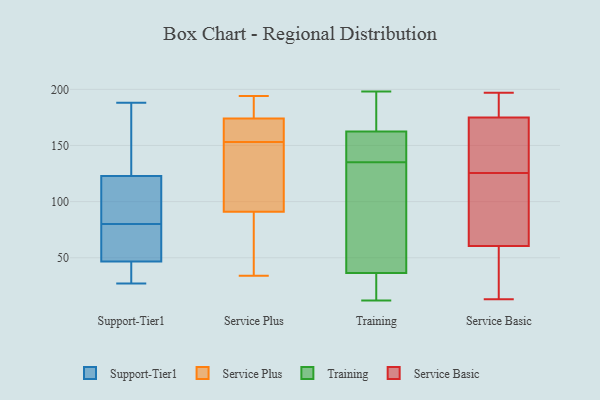
{"axis": {"x": "Temperature (°C)", "y": "Value"}, "legend": ["Service Basic", "Service Plus", "Support-Tier1", "Training"], "data": [{"x": "", "y": 80, "type": "Support-Tier1"}, {"x": "", "y": 43, "type": "Support-Tier1"}, {"x": "", "y": 41, "type": "Support-Tier1"}, {"x": "", "y": 97, "type": "Support-Tier1"}, {"x": "", "y": 67, "type": "Support-Tier1"}, {"x": "", "y": 128, "type": "Support-Tier1"}, {"x": "", "y": 48, "type": "Support-Tier1"}, {"x": "", "y": 55, "type": "Support-Tier1"}, {"x": "", "y": 122, "type": "Support-Tier1"}, {"x": "", "y": 98, "type": "Support-Tier1"}, {"x": "", "y": 188, "type": "Support-Tier1"}, {"x": "", "y": 27, "type": "Support-Tier1"}, {"x": "", "y": 125, "type": "Support-Tier1"}, {"x": "", "y": 194, "type": "Service Plus"}, {"x": "", "y": 59, "type": "Service Plus"}, {"x": "", "y": 151, "type": "Service Plus"}, {"x": "", "y": 128, "type": "Service Plus"}, {"x": "", "y": 191, "type": "Service Plus"}, {"x": "", "y": 179, "type": "Service Plus"}, {"x": "", "y": 120, "type": "Service Plus"}, {"x": "", "y": 174, "type": "Service Plus"}, {"x": "", "y": 34, "type": "Service Plus"}, {"x": "", "y": 79, "type": "Service Plus"}, {"x": "", "y": 157, "type": "Service Plus"}, {"x": "", "y": 42, "type": "Service Plus"}, {"x": "", "y": 168, "type": "Service Plus"}, {"x": "", "y": 155, "type": "Service Plus"}, {"x": "", "y": 103, "type": "Service Plus"}, {"x": "", "y": 174, "type": "Service Plus"}, {"x": "", "y": 12, "type": "Training"}, {"x": "", "y": 26, "type": "Training"}, {"x": "", "y": 161, "type": "Training"}, {"x": "", "y": 135, "type": "Training"}, {"x": "", "y": 88, "type": "Training"}, {"x": "", "y": 138, "type": "Training"}, {"x": "", "y": 167, "type": "Training"}, {"x": "", "y": 178, "type": "Training"}, {"x": "", "y": 142, "type": "Training"}, {"x": "", "y": 88, "type": "Training"}, {"x": "", "y": 18, "type": "Training"}, {"x": "", "y": 38, "type": "Training"}, {"x": "", "y": 198, "type": "Training"}, {"x": "", "y": 197, "type": "Training"}, {"x": "", "y": 32, "type": "Training"}, {"x": "", "y": 49, "type": "Training"}, {"x": "", "y": 136, "type": "Training"}, {"x": "", "y": 197, "type": "Service Basic"}, {"x": "", "y": 32, "type": "Service Basic"}, {"x": "", "y": 68, "type": "Service Basic"}, {"x": "", "y": 89, "type": "Service Basic"}, {"x": "", "y": 197, "type": "Service Basic"}, {"x": "", "y": 13, "type": "Service Basic"}, {"x": "", "y": 175, "type": "Service Basic"}, {"x": "", "y": 117, "type": "Service Basic"}, {"x": "", "y": 147, "type": "Service Basic"}, {"x": "", "y": 134, "type": "Service Basic"}, {"x": "", "y": 53, "type": "Service Basic"}, {"x": "", "y": 175, "type": "Service Basic"}]}